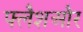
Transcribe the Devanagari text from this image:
फ्लैशऔर